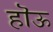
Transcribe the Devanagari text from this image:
हॊऊ